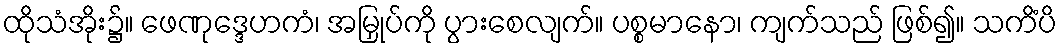
ထိုသံအိုး၌။ ဖေဏုဒ္ဒေဟကံ၊ အမြှုပ်ကို ပွားစေလျက်။ ပစ္စမာနော၊ ကျက်သည် ဖြစ်၍။ သကိံပိ